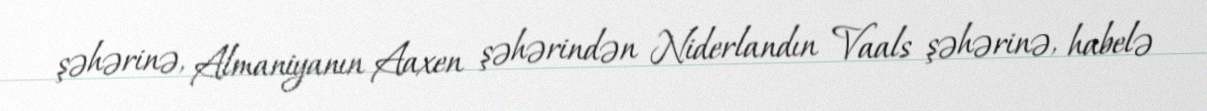
şəhərinə, Almaniyanın Aaxen şəhərindən Niderlandın Vaals şəhərinə, habelə